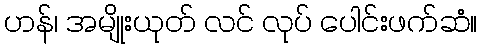
ဟန်၊ အမျိုးယုတ် လင် လုပ် ပေါင်းဖက်ဆံ။